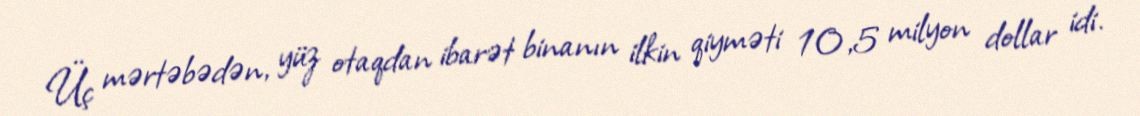
Üç mərtəbədən, yüz otaqdan ibarət binanın ilkin qiyməti 10,5 milyon dollar idi.